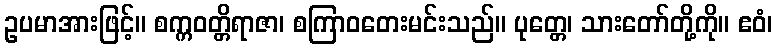
ဥပမာအားဖြင့်။ စက္ကဝတ္တိရာဇာ၊ စကြာဝတေးမင်းသည်။ ပုတ္တေ၊ သားတော်တို့ကို။ ဧဝံ၊